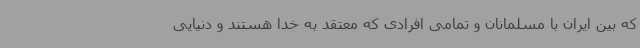
که بین ایران با مسلمانان و تمامی افرادی که معتقد به خدا هستند و دنیایی